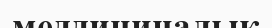
меддициналық